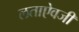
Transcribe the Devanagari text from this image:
लताऐवजी